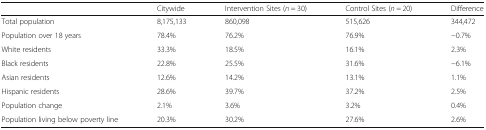
<table><thead><tr><td></td><td><b>Citywide</b></td><td><b>Intervention Sites (<i>n</i> = 30)</b></td><td><b>Control Sites (<i>n</i> = 20)</b></td><td><b>Difference</b></td></tr></thead><tbody><tr><td>Total population</td><td>8,175,133</td><td>860,098</td><td>515,626</td><td>344,472</td></tr><tr><td>Population over 18 years</td><td>78.4%</td><td>76.2%</td><td>76.9%</td><td>−0.7%</td></tr><tr><td>White residents</td><td>33.3%</td><td>18.5%</td><td>16.1%</td><td>2.3%</td></tr><tr><td>Black residents</td><td>22.8%</td><td>25.5%</td><td>31.6%</td><td>−6.1%</td></tr><tr><td>Asian residents</td><td>12.6%</td><td>14.2%</td><td>13.1%</td><td>1.1%</td></tr><tr><td>Hispanic residents</td><td>28.6%</td><td>39.7%</td><td>37.2%</td><td>2.5%</td></tr><tr><td>Population change</td><td>2.1%</td><td>3.6%</td><td>3.2%</td><td>0.4%</td></tr><tr><td>Population living below poverty line</td><td>20.3%</td><td>30.2%</td><td>27.6%</td><td>2.6%</td></tr></tbody></table>